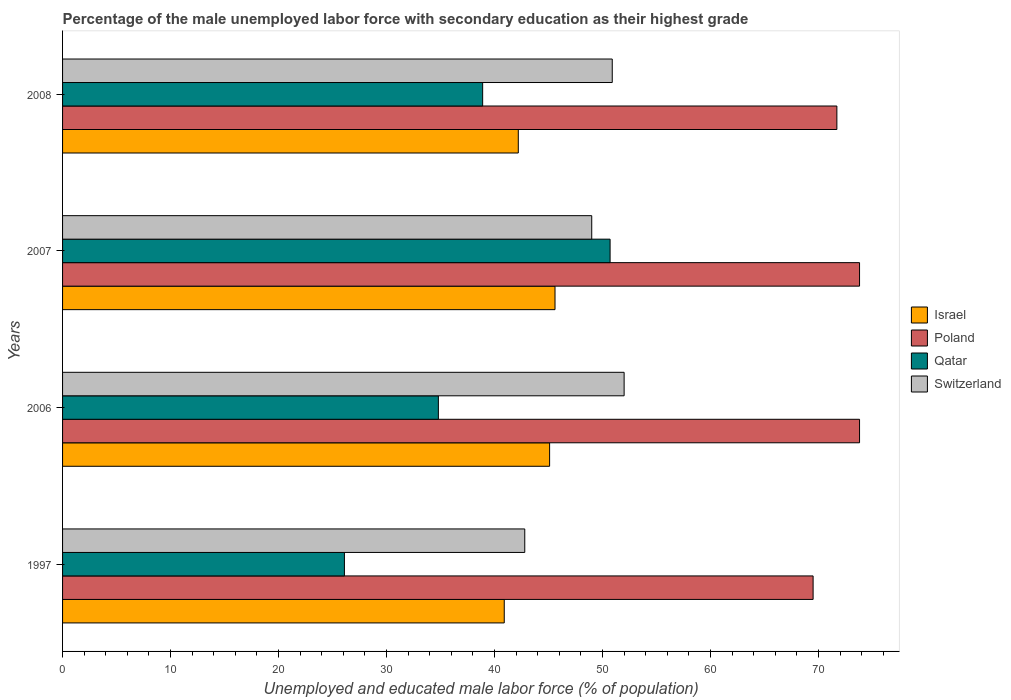
| Years | Israel | Poland | Qatar | Switzerland |
 | --- | --- | --- | --- | --- |
 | 1997 | 40.9 | 69.5 | 26.1 | 42.8 |
 | 2006 | 45.1 | 73.8 | 34.8 | 52 |
 | 2007 | 45.6 | 73.8 | 50.7 | 49 |
 | 2008 | 42.2 | 71.7 | 38.9 | 50.9 |